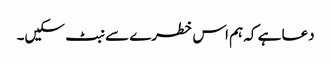
دعا ہے کہ ہم اس خطرے سے نبٹ سکیں۔